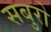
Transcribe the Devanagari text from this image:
सबुरो